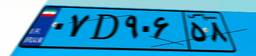
۰۷D۹۰۶۵۸